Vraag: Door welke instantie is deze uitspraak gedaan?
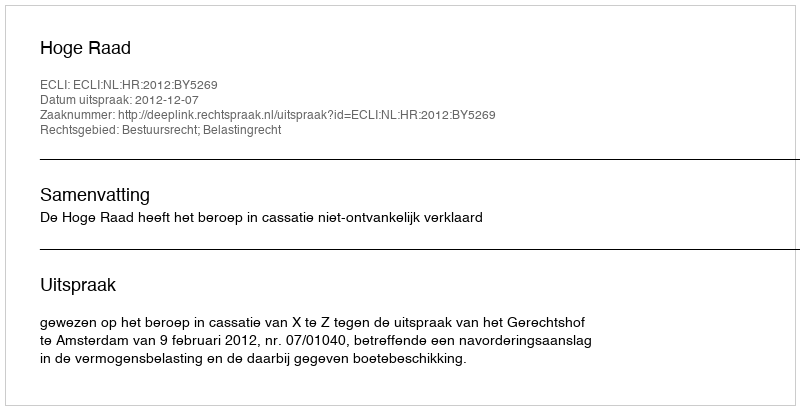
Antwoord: Hoge Raad